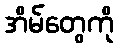
အိမ်တွေကို